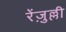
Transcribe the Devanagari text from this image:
रेंज़ुल्ली